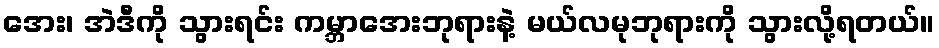
အေး၊ အဲဒီကို သွားရင်း ကမ္ဘာအေးဘုရားနဲ့ မယ်လမုဘုရားကို သွားလို့ရတယ်။